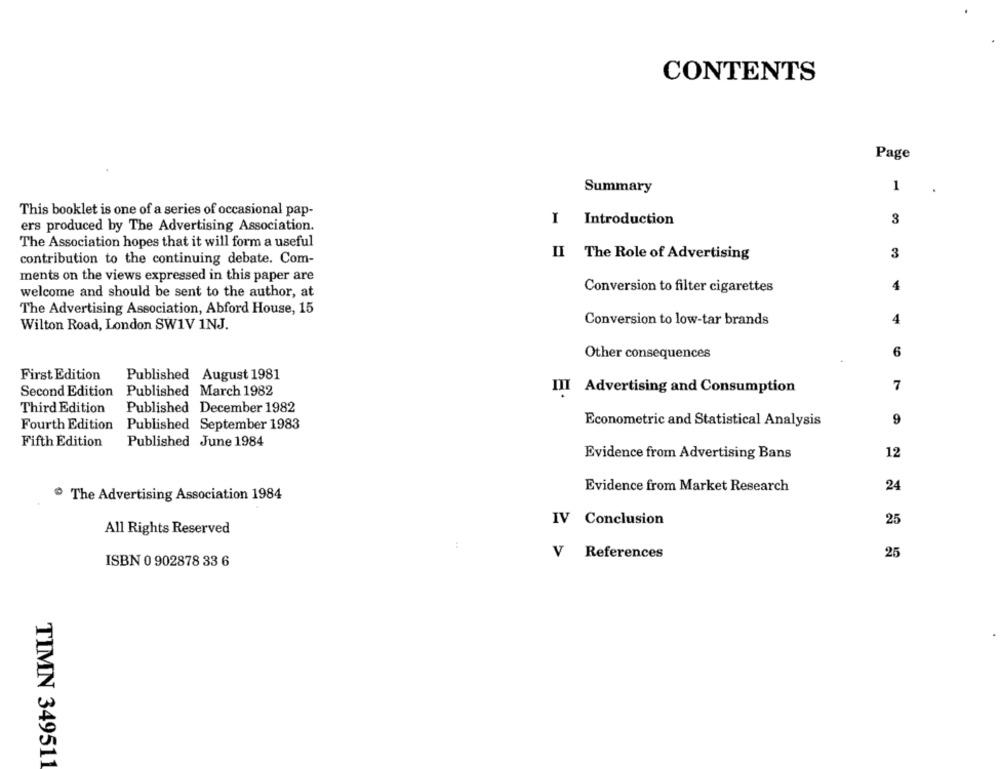
CONTENTS
Page
Summary
1
This booklet is one of a series of occasional pap-
Introduction
3
ers produced by The Advertising Association.
The Association hopes that it will form a useful
3
contribution to the continuing debate. Com-
II The Role of Advertising
ments on the views expressed in this paper are
Conversion to filter cigarettes
4
welcome and should be sent to the author, at
The Advertising Association, Abford House, 15
Conversion to low-tar brands
4
Wilton Road, London SW1V 1NJ.
Other consequences
6
First Edition
Published August 1981
Second Edition Published March 1982
III Advertising and Consumption
7
Third Edition
Published December 1982
Econometric and Statistical Analysis
9
Fourth Edition Published September 1983
Fifth Edition
Published June 1984
12
Evidence from Advertising Bans
Evidence from Market Research
24
The Advertising Association 1984
IV Conclusion
25
All Rights Reserved
:
V References
25
ISBN 0 902878 33 6
TIMN 349511